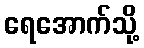
ရေအောက်သို့